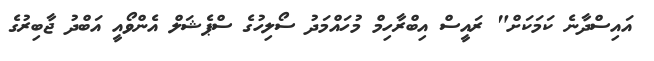
އައިސްދާނެ ކަމަކަށް" ރައީސް އިބްރާހިމް މުހައްމަދު ސޯލިހުގެ ސްޕެޝަލް އެންވޯއީ އަބްދު ޖާބިރުގެ